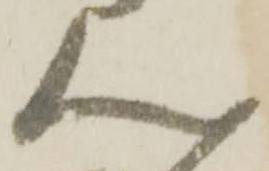
ん